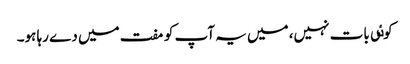
کوٸی بات نہیں، میں یہ آپ کو مفت میں دے رہا ہو۔